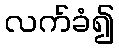
လက်ခံ၍